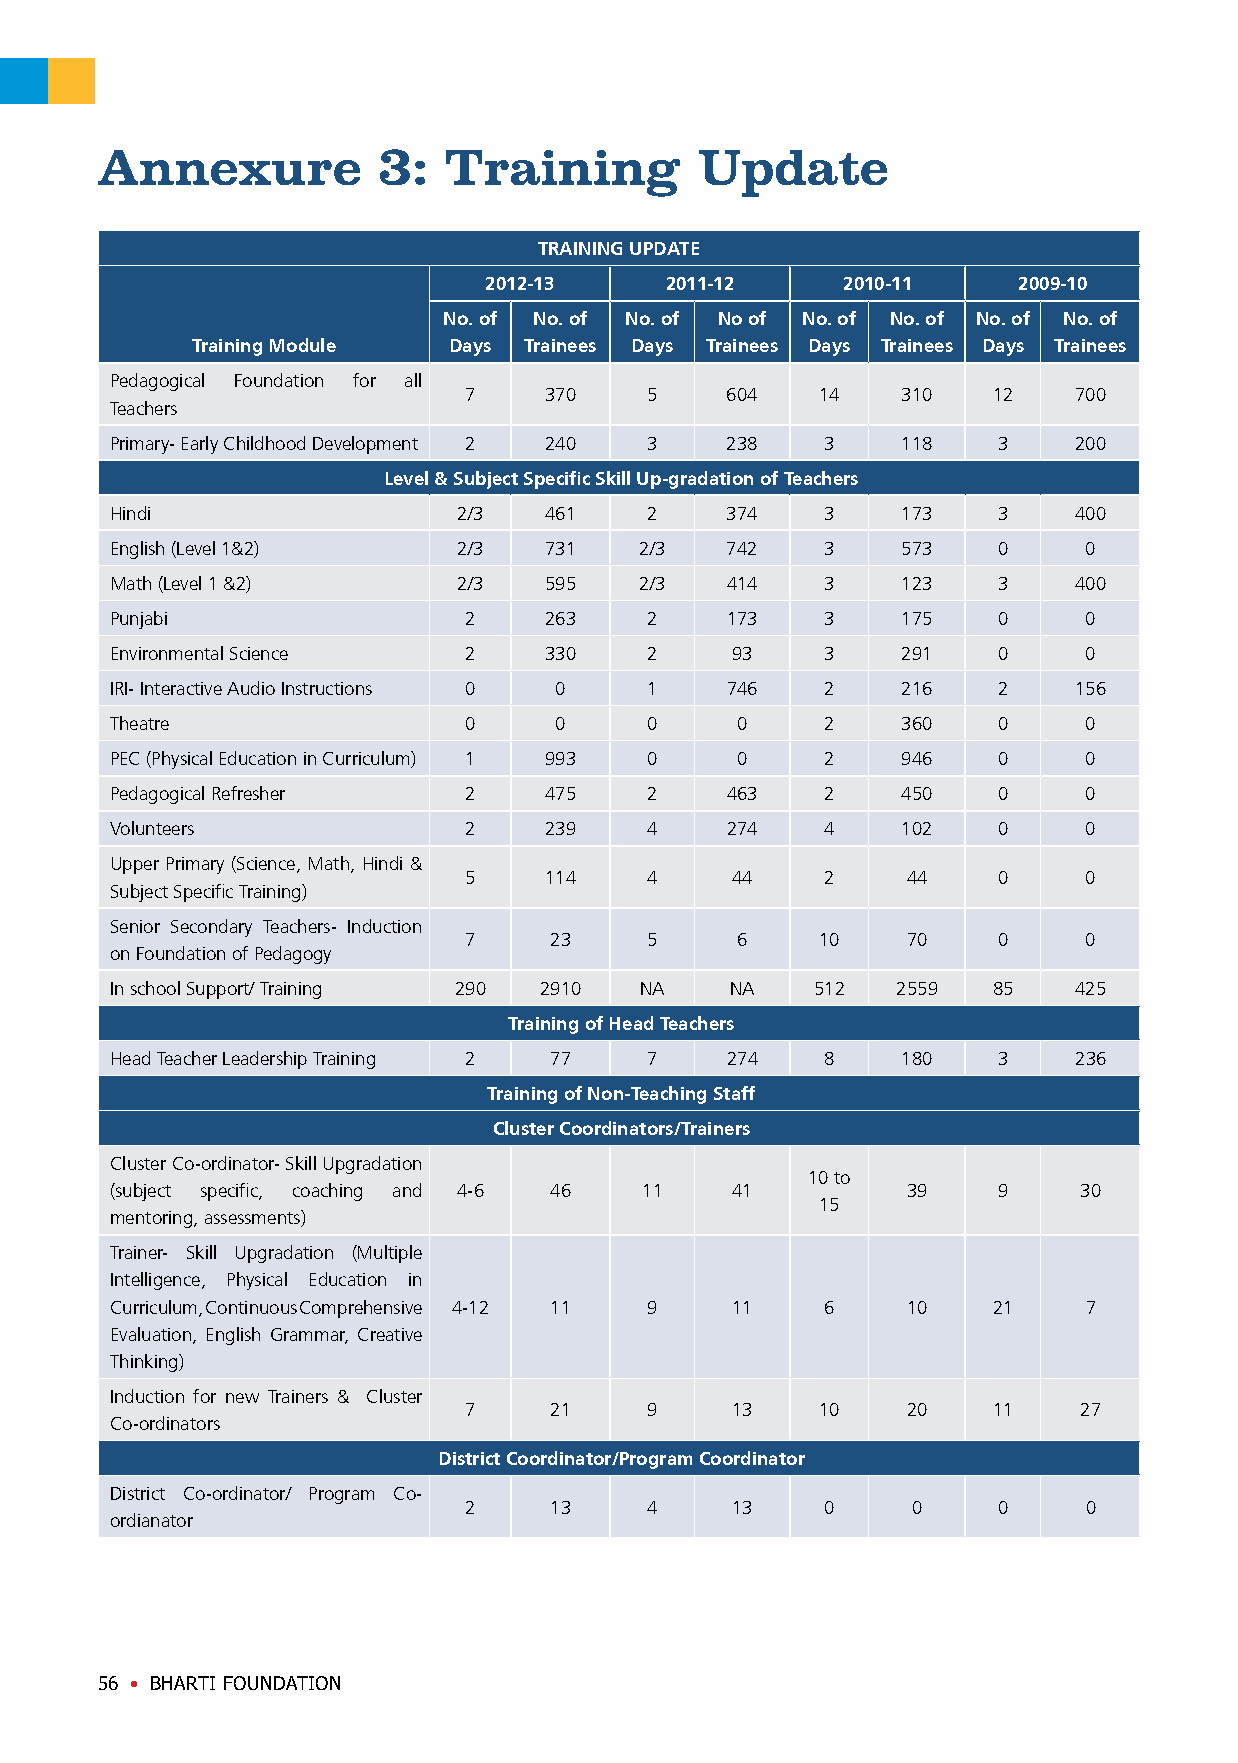
Annexure           3:  Training         Update
 TRAINING UPDATE
 2012-13     2011-12     2010-11    2009-10
 No. of No. of No. of No of No. of No. of No. of No. of
 Training Module  Days Trainees Days Trainees Days Trainees Days Trainees
 Pedagogical Foundation for all
 7    370    5    604   14    310   12   700
 Teachers
 Primary- Early Childhood Development 2 240 3 238 3   118   3    200
 Level & Subject Specific Skill Up-gradation of Teachers
 Hindi                  2/3   461    2    374    3    173   3    400
 English (Level 1&2)    2/3   731   2/3   742    3    573   0     0
 Math (Level 1 &2)      2/3   595   2/3   414    3    123   3    400
 Punjabi                 2    263    2    173    3    175   0     0
 Environmental Science   2    330    2    93     3    291   0     0
 IRI- Interactive Audio Instructions 0 0 1 746   2    216   2    156
 Theatre                 0     0     0     0     2    360   0     0
 PEC (Physical Education in Curriculum) 1 993 0 0 2   946   0     0
 Pedagogical Refresher   2    475    2    463    2    450   0     0
 Volunteers              2    239    4    274    4    102   0     0
 Upper Primary (Science, Math, Hindi &
 5    114    4    44     2    44    0     0
 Subject Specific Training)
 Senior Secondary Teachers- Induction
 7    23     5     6    10    70    0     0
 on Foundation of Pedagogy
 In school Support/ Training 290 2910 NA  NA    512  2559   85   425
 Training of Head Teachers
 Head Teacher Leadership Training 2 77 7  274    8    180   3    236
 Training of Non-Teaching Staff
 Cluster Coordinators/Trainers
 Cluster Co-ordinator- Skill Upgradation
 10 to
 (subject specific, coaching and 4-6 46 11 41         39    9    30
 15
 mentoring, assessments)
 Trainer- Skill Upgradation (Multiple
 Intelligence, Physical Education in
 Curriculum, Continuous Comprehensive 4-12 11 9 11 6  10    21    7
 Evaluation, English Grammar, Creative
 Thinking)
 Induction for new Trainers & Cluster
 7    21     9    13    10    20    11    27
 Co-ordinators
 District Coordinator/Program Coordinator
 District Co-ordinator/ Program Co-
 2    13     4    13     0    0     0     0
 ordianator
 56 • BHARTI FOUNDATION